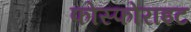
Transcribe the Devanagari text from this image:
फोस्फोराइट